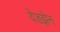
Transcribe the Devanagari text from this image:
वेडझेन